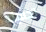
تخفينه